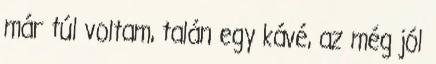
már túl voltam, talán egy kávé, az még jól